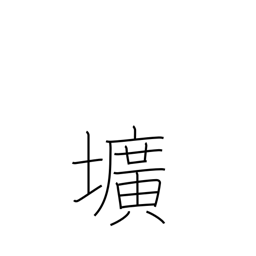
Meaning: hole